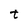
Character: t